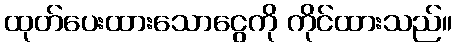
ထုတ်ပေးထားသောငွေကို ကိုင်ထားသည်။